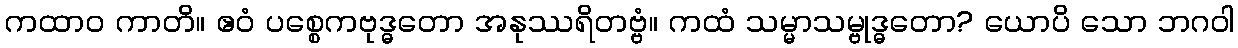
ကထာဝ ကာတိ။ ဧဝံ ပစ္စေကဗုဒ္ဓတော အနုဿရိတဗ္ဗံ။ ကထံ သမ္မာသမ္ဗုဒ္ဓတော? ယောပိ သော ဘဂဝါ